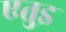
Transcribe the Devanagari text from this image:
एतुइ